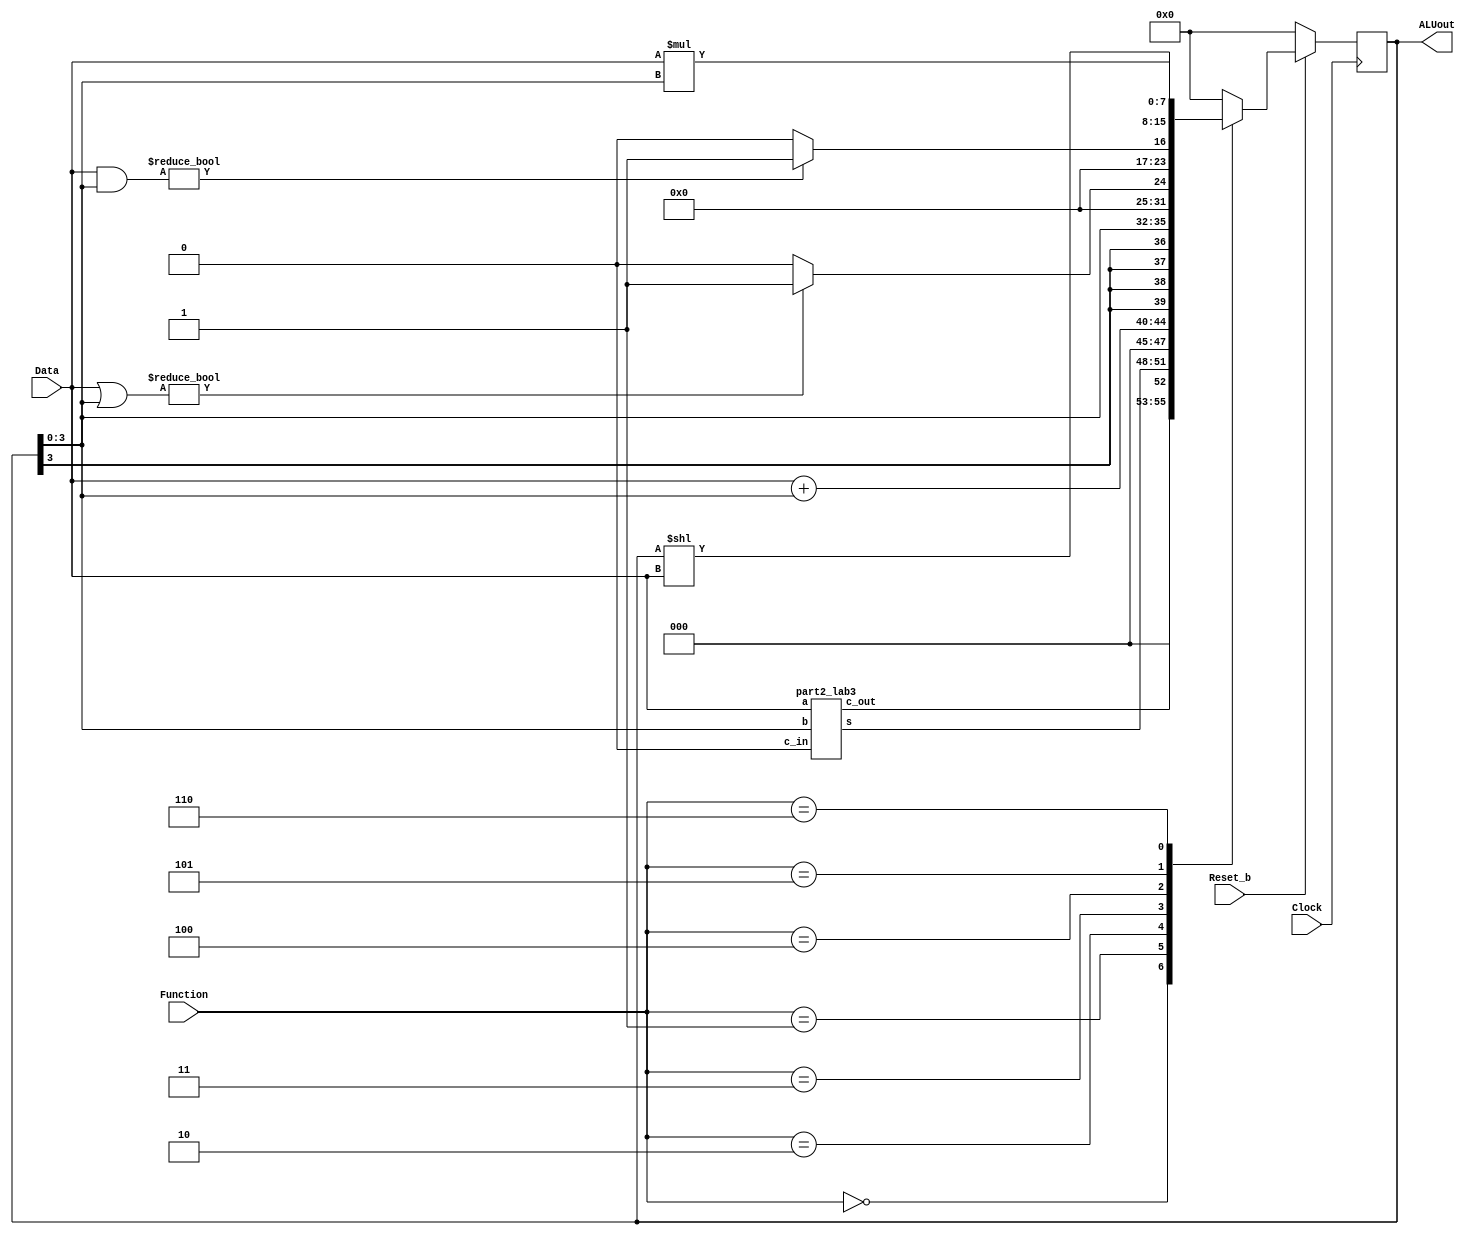

module part2(Clock, Reset_b, Data, Function, ALUout);
	input Clock;
	input Reset_b;
	input [3:0] Data;
	input [2:0] Function;

	output reg [7:0] ALUout;
	
	wire [4:0] wire_0;
	part2_lab3 fourbitadder(
		.c_in(1'b0),
		.a(Data),
		.b(ALUout[3:0]),
		.s(wire_0[3:0]),
		.c_out(wire_0[4])
	);


	reg [7:0] wire_1;

	always @(*) // declare always block
	begin
		case (Function) // start case statement
			3'b000: wire_1 = {3'b000, wire_0};
			3'b001: wire_1 = Data + ALUout[3:0];
			3'b010: wire_1 = {{4{ALUout[3]}}, ALUout[3:0]};
			3'b011: if (Data | ALUout[3:0]) wire_1 = 8'b00000001; else wire_1 = 8'b00000000;
			3'b100: if (Data & ALUout[3:0]) wire_1 = 8'b00000001; else wire_1 = 8'b00000000;
			3'b101: wire_1 = ALUout << Data; // Guess we'll see in the sanity check.
			3'b110: wire_1 = Data * ALUout[3:0];
			3'b110: wire_1 = ALUout;
			default: wire_1 = 8'b00000000;
		endcase
	end
	
	always @(posedge Clock) // triggered every time clock rises
	begin
		if (Reset_b == 1'b0) // when Reset b is 0 (note this is tested on every rising clock edge)
			ALUout <= 8'b00000000; // q is set to 0. Note that the assignment uses <=
		else // when Reset b is not 0
			ALUout <= wire_1; // value of d passes through to output q
	end

endmodule

module part2_lab3(a, b, c_in, s, c_out);
	input [3:0] a;
	input [3:0] b;
	input c_in;
	
	wire [2:0] c_w;
	
	output [3:0] s;
	output c_out;
	
	full_adder adder1(
		.c_in(c_in),
		.a(a[0]),
		.b(b[0]),
		.s(s[0]),
		.c_out(c_w[0])
	);

	full_adder adder2(
		.c_in(c_w[0]),
		.a(a[1]),
		.b(b[1]),
		.s(s[1]),
		.c_out(c_w[1])
	);

	full_adder adder3(
		.c_in(c_w[1]),
		.a(a[2]),
		.b(b[2]),
		.s(s[2]),
		.c_out(c_w[2])
	);

	full_adder adder4(
		.c_in(c_w[2]),
		.a(a[3]),
		.b(b[3]),
		.s(s[3]),
		.c_out(c_out)
	);
	
endmodule

module full_adder(c_in, a, b, s, c_out);
	input a;
	input b;
	input c_in;
	
	output s;
	output c_out;
	
	assign s = c_in ^ (a ^ b);
	assign c_out = (a & b) | (b & c_in) | (a & c_in);

endmodule